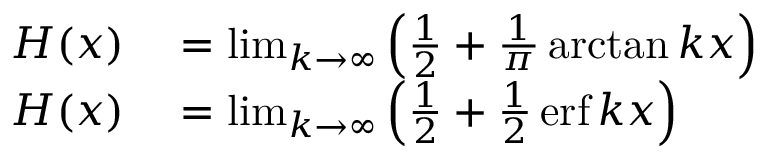
\begin{array} { r l } { H ( x ) } & { { } = \operatorname* { l i m } _ { k \rightarrow \infty } \left( { \frac { 1 } { 2 } } + { \frac { 1 } { \pi } } \arctan k x \right) } \\ { H ( x ) } & { { } = \operatorname* { l i m } _ { k \rightarrow \infty } \left( { \frac { 1 } { 2 } } + { \frac { 1 } { 2 } } \operatorname { e r f } k x \right) } \end{array}